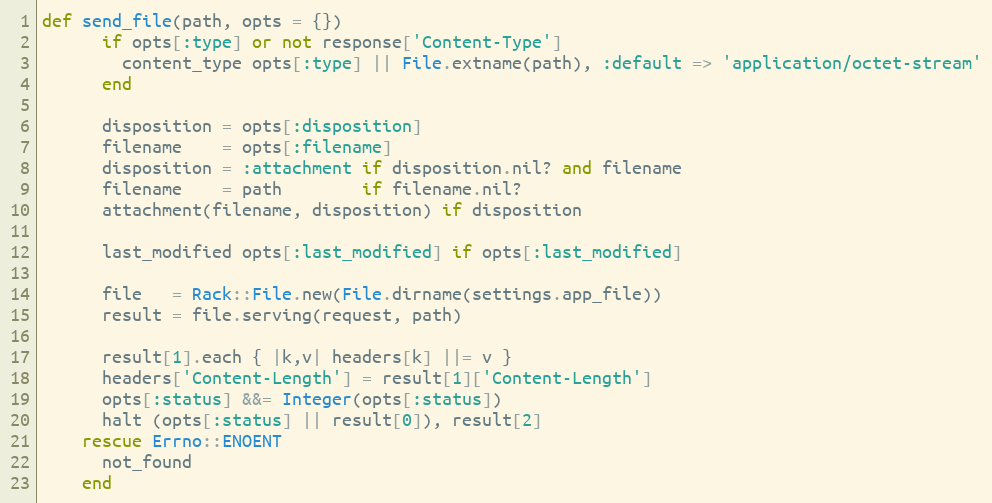
Language: Ruby
def send_file(path, opts = {})
      if opts[:type] or not response['Content-Type']
        content_type opts[:type] || File.extname(path), :default => 'application/octet-stream'
      end

      disposition = opts[:disposition]
      filename    = opts[:filename]
      disposition = :attachment if disposition.nil? and filename
      filename    = path        if filename.nil?
      attachment(filename, disposition) if disposition

      last_modified opts[:last_modified] if opts[:last_modified]

      file   = Rack::File.new(File.dirname(settings.app_file))
      result = file.serving(request, path)

      result[1].each { |k,v| headers[k] ||= v }
      headers['Content-Length'] = result[1]['Content-Length']
      opts[:status] &&= Integer(opts[:status])
      halt (opts[:status] || result[0]), result[2]
    rescue Errno::ENOENT
      not_found
    end